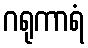
ဂရုကာရံ